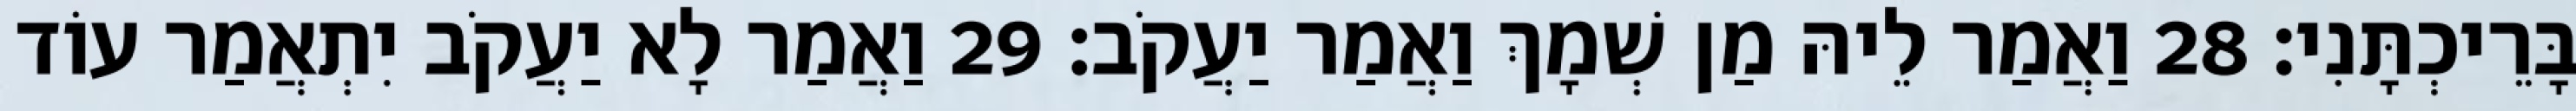
בָּרֵיכְתָּנִי׃ 28 וַאֲמַר לֵיהּ מַן שְׁמָךְ וַאֲמַר יַעֲקֹב׃ 29 וַאֲמַר לָא יַעֲקֹב יִתְאֲמַר עוֹד